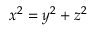
x ^ { 2 } = y ^ { 2 } + z ^ { 2 }